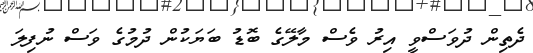
ދެތިން ދުވަސްވީ އިރު ވެސް މާލޭގެ ބޮޑު ބަޔަކުން ދުމުގެ ވަސް ނުފިލަ